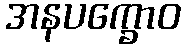
အနပက္ခောဝ